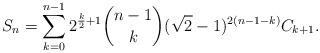
LaTeX: \begin{align*}S_n=\sum_{k=0}^{n-1}2^{\frac k2+1}\binom{n-1}{k}(\sqrt{2}-1)^{2(n-1-k)}C_{k+1}.\end{align*}